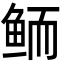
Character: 鲕